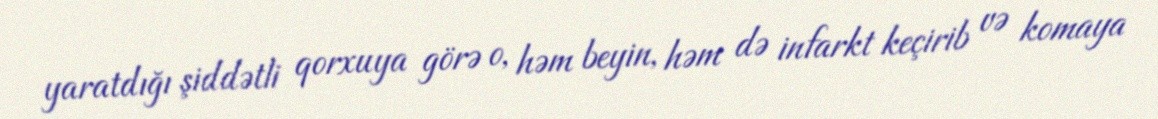
yaratdığı şiddətli qorxuya görə o, həm beyin, həm də infarkt keçirib və komaya